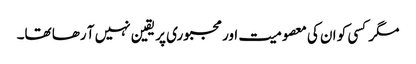
مگر کسی کو ان کی معصومیت اور مجبوری پر یقین نہیں آ رھا تھا۔